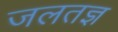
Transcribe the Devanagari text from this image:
जलतज्ञ